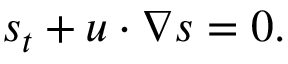
s _ { t } + u \cdot \nabla s = 0 .